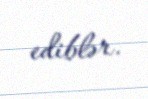
ediblər.